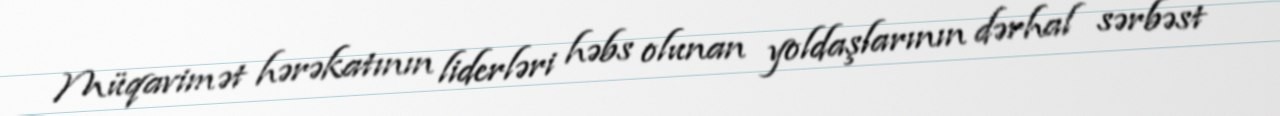
Müqavimət hərəkatının liderləri həbs olunan yoldaşlarının dərhal sərbəst